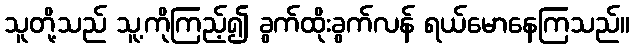
သူတို့သည် သူ့ကိုကြည့်၍ ခွက်ထိုးခွက်လန် ရယ်မောနေကြသည်။